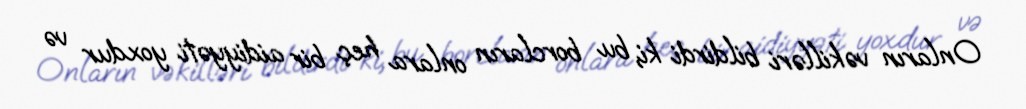
Onların vəkilləri bildirdi ki, bu borcların onlara heç bir aidiyyəti yoxdur və